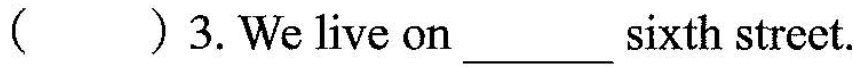
()3.We live on___sixth strect.